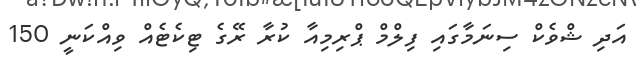
އަދި ޝްވެކް ސިނަމާގައި ފިލްމް ޕްރިމިއާ ކުރާ ރޭގެ ޓިކެޓެއް ވިއްކަނީ 150